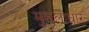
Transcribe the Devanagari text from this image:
मुसलाधार